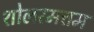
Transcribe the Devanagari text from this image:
शोलरमत्तम